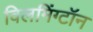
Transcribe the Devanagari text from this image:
विलमिंग्टॉन